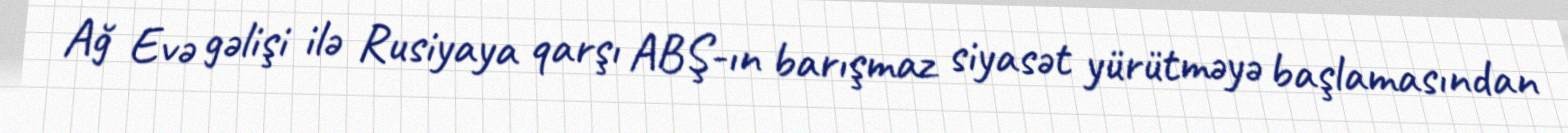
Ağ Evə gəlişi ilə Rusiyaya qarşı ABŞ-ın barışmaz siyasət yürütməyə başlamasından